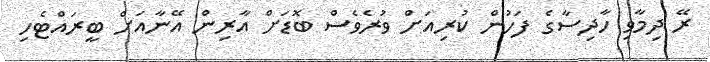
ރޭ ދިމާވި ހާދިސާގެ ފަހުން ކުރިއަށް ވުރެވެސް ބޮޑަށް އާރިން އޭނާއަށް ބީރައްޓެހި